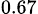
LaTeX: _{0.67}